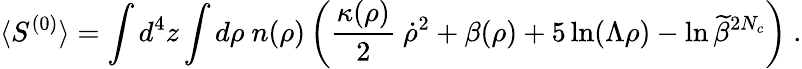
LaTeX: \langle S^{(0)}\rangle=\int d^{4}z\int d\rho~n(\rho)\left(\frac{\kappa(\rho)}{2}~\dot{\rho}^{2}+\beta(\rho)+5\ln(\Lambda\rho)-\ln\widetilde\beta^{2N_{c}}\right)~.